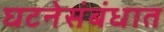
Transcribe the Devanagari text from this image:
घटनेसंबंधात